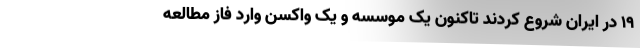
۱۹ در ایران شروع کردند تاکنون یک موسسه و یک واکسن وارد فاز مطالعه